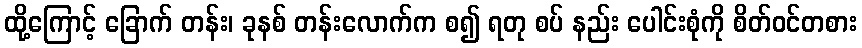
ထို့ကြောင့် ခြောက် တန်း၊ ခုနစ် တန်းလောက်က စ၍ ရတု စပ် နည်း ပေါင်းစုံကို စိတ်ဝင်တစား